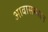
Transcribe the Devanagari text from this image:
आवासस्थान